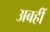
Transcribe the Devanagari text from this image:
अबहीं